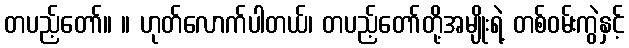
တပည့်တော်။ ။ ဟုတ်လောက်ပါတယ်၊ တပည့်တော်တို့အမျိုးရဲ့ တစ်ဝမ်းကွဲနှင့်